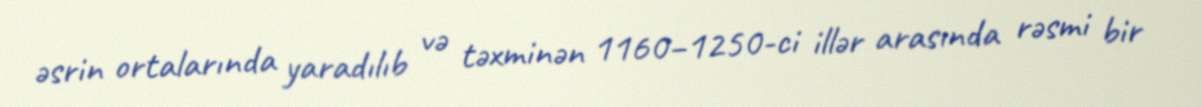
əsrin ortalarında yaradılıb və təxminən 1160–1250-ci illər arasında rəsmi bir